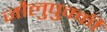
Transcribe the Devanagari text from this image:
जौलुपुक्की